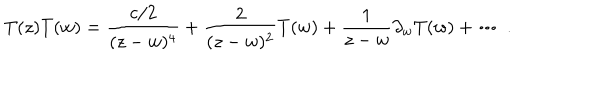
LaTeX: T ( z ) T ( w ) = \frac { { c } / { 2 } } { ( z - w ) ^ { 4 } } + \frac { 2 } { ( z - w ) ^ { 2 } } T ( w ) + \frac { 1 } { z - w } \partial _ { w } T ( w ) + \cdots ~ .